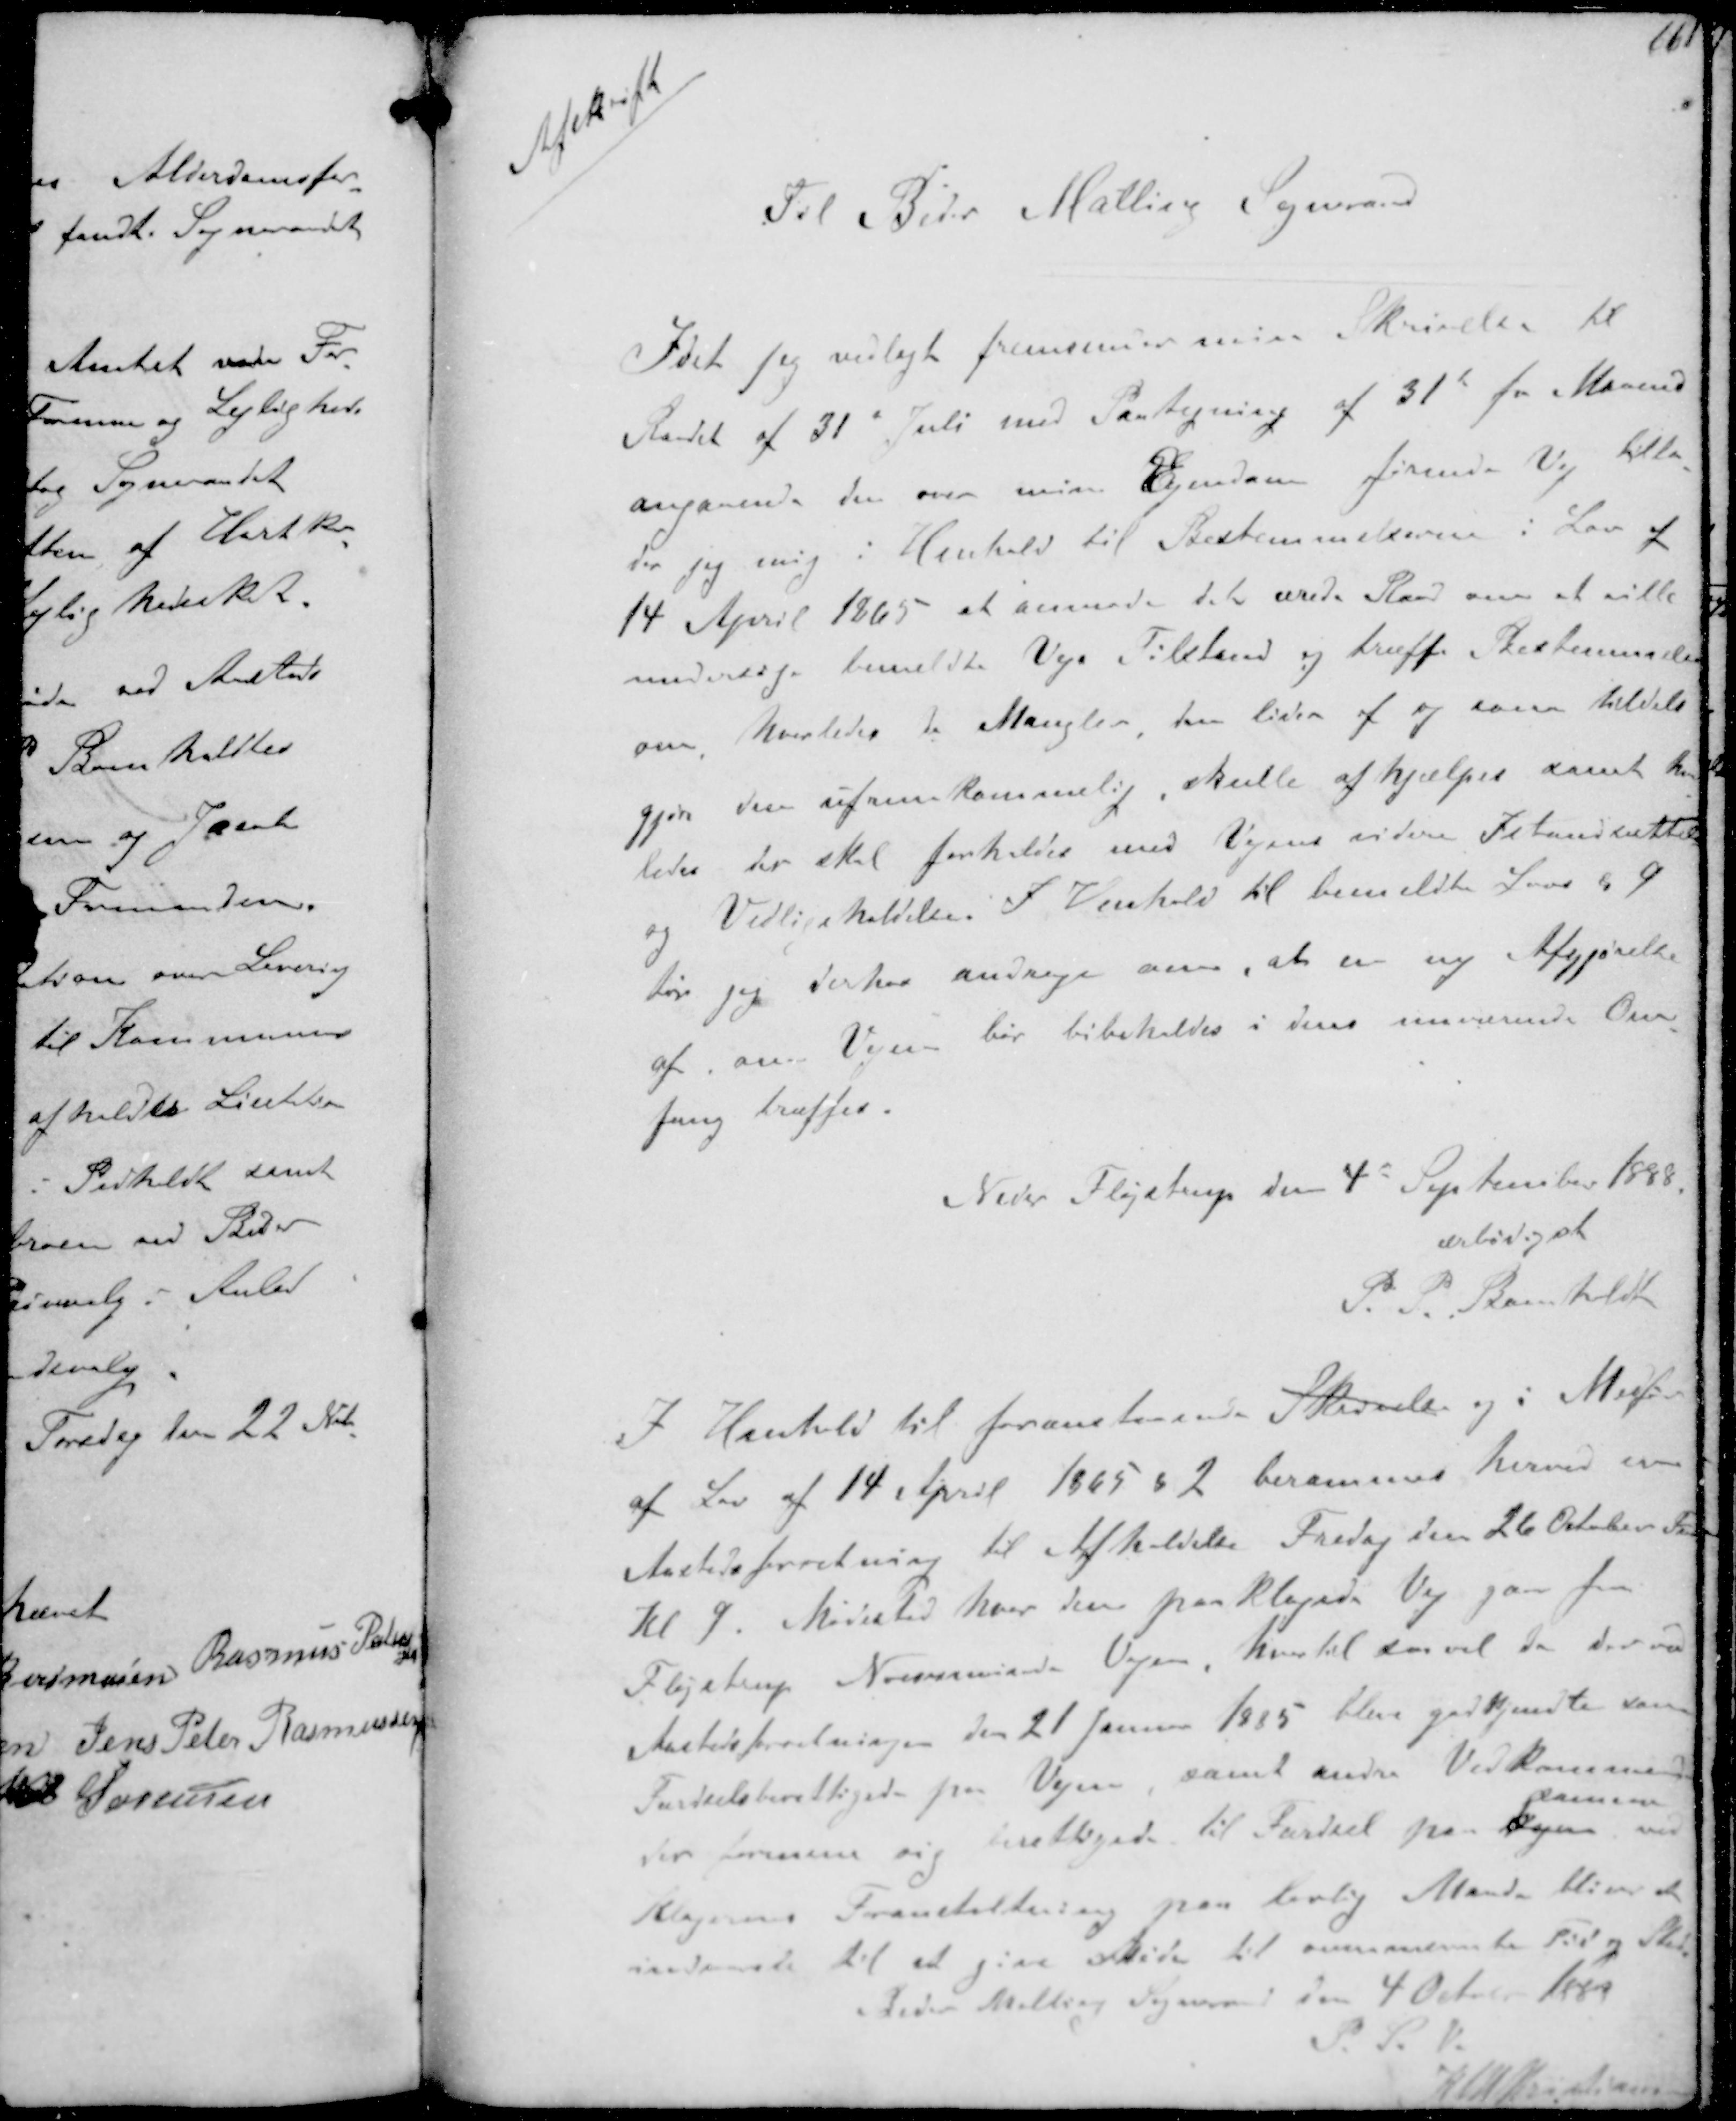
Transskription:
Afskrift

Til Beder Malling Sogneraad

Idet jeg vedlagt fremsender min Skrivelse til
Raadet af 31 Juli med Paategning af 31t fr Maaned
angaaende den over min Ejendom førende Vej tilla-
der jeg mig i Henhold til Bestemmelserne i Lov af
14 April 1865 at anmode det ærede Raad om at ville
undersøge bemeldte Vejs Tilstand og træffe Bestemmelse
om hvorledes de Mangler den lider af og som tildels
gjør den ufremkommelig skulle afhjælpes samt hvor-
ledes der skal forholdes med Vejens videre Istandsættelse
og Vedligeholdelse. I Henhold til bemeldte Lovs § 9
tør jeg derhos andrage om, at en ny Afgjørelse
af om Vejen bør bibeholdes i dens nuværende Om-
fang træffes.
Neder Fløjstrup den 4d September 1888
ærbødigst
P. P Bomholdt
I Henhold til foranstaaende Skrivelse og i Medfør
af Lov af 14 April 1865 § 2 berammes herved en
Aastedsforretning til Afholdelse Fredag den 26 Oktober Fmd
Kl 9. Mødested hvor den paaklagede Vej gaar fra
Fløjstrup Norsminde Vejen, hvortil der vil de der ved
Aastedsforeningen den 21 Januar 1885 blive godkendte som
Færdselsberettigede fra Vejen, samt andre Vedkommende
der formener sig berettigede til Færdsel paa Vejen
denne
ved
Klagerens Foranstaltning paa lovlig Maade bliver at
indvarsle til at give Møde til ovennævnte Tid og Sted
Beder Malling Sogneraad den 4 Octobr. 1888
P.S.V.
K N M Kristiansen